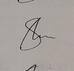
Signature authenticity: genuine